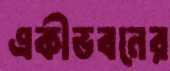
একীভবনের